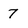
Character: 7